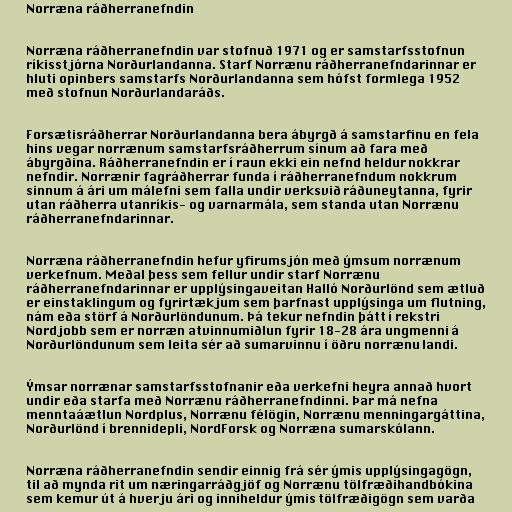
Norræna ráðherranefndin

Norræna ráðherranefndin var stofnuð 1971 og er samstarfsstofnun
ríkisstjórna Norðurlandanna. Starf Norrænu ráðherranefndarinnar er
hluti opinbers samstarfs Norðurlandanna sem hófst formlega 1952
með stofnun Norðurlandaráðs.

Forsætisráðherrar Norðurlandanna bera ábyrgð á samstarfinu en fela
hins vegar norrænum samstarfsráðherrum sínum að fara með
ábyrgðina. Ráðherranefndin er í raun ekki ein nefnd heldur nokkrar
nefndir. Norrænir fagráðherrar funda í ráðherranefndum nokkrum
sinnum á ári um málefni sem falla undir verksvið ráðuneytanna, fyrir
utan ráðherra utanríkis- og varnarmála, sem standa utan Norrænu
ráðherranefndarinnar.

Norræna ráðherranefndin hefur yfirumsjón með ýmsum norrænum
verkefnum. Meðal þess sem fellur undir starf Norrænu
ráðherranefndarinnar er upplýsingaveitan Halló Norðurlönd sem ætluð
er einstaklingum og fyrirtækjum sem þarfnast upplýsinga um flutning,
nám eða störf á Norðurlöndunum. Þá tekur nefndin þátt í rekstri
Nordjobb sem er norræn atvinnumiðlun fyrir 18-28 ára ungmenni á
Norðurlöndunum sem leita sér að sumarvinnu í öðru norrænu landi.

Ýmsar norrænar samstarfsstofnanir eða verkefni heyra annað hvort
undir eða starfa með Norrænu ráðherranefndinni. Þar má nefna
menntaáætlun Nordplus, Norrænu félögin, Norrænu menningargáttina,
Norðurlönd í brennidepli, NordForsk og Norræna sumarskólann.

Norræna ráðherranefndin sendir einnig frá sér ýmis upplýsingagögn,
til að mynda rit um næringarráðgjöf og Norrænu tölfræðihandbókina
sem kemur út á hverju ári og inniheldur ýmis tölfræðigögn sem varða